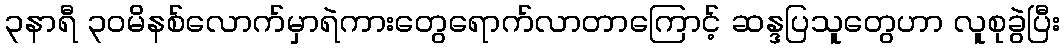
၃နာရီ ၃၀မိနစ်လောက်မှာရဲကားတွေရောက်လာတာကြောင့် ဆန္ဒပြသူတွေဟာ လူစုခွဲပြီး